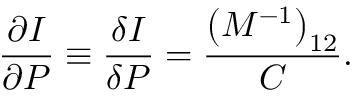
\frac { \partial I } { \partial P } \equiv \frac { \delta I } { \delta P } = \frac { \left( M ^ { - 1 } \right) _ { 1 2 } } { C } .